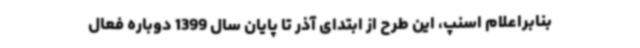
بنابراعلام اسنپ، این طرح از ابتدای آذر تا پایان سال 1399 دوباره فعال